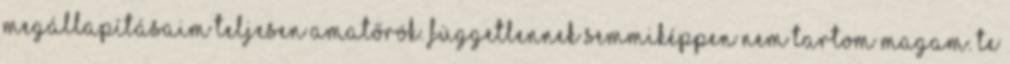
megállapításaim teljesen amatőrök. Függetlennek semmiképpen nem tartom magam. Te